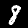
Digit: 8